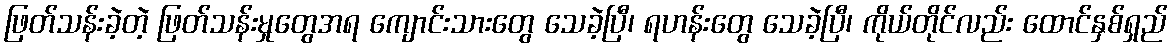
ဖြတ်သန်းခဲ့တဲ့ ဖြတ်သန်းမှုတွေအရ ကျောင်းသားတွေ သေခဲ့ပြီ၊ ရဟန်းတွေ သေခဲ့ပြီ၊ ကိုယ်တိုင်လည်း ထောင်နှစ်ရှည်